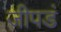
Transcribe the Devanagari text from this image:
जीपडं